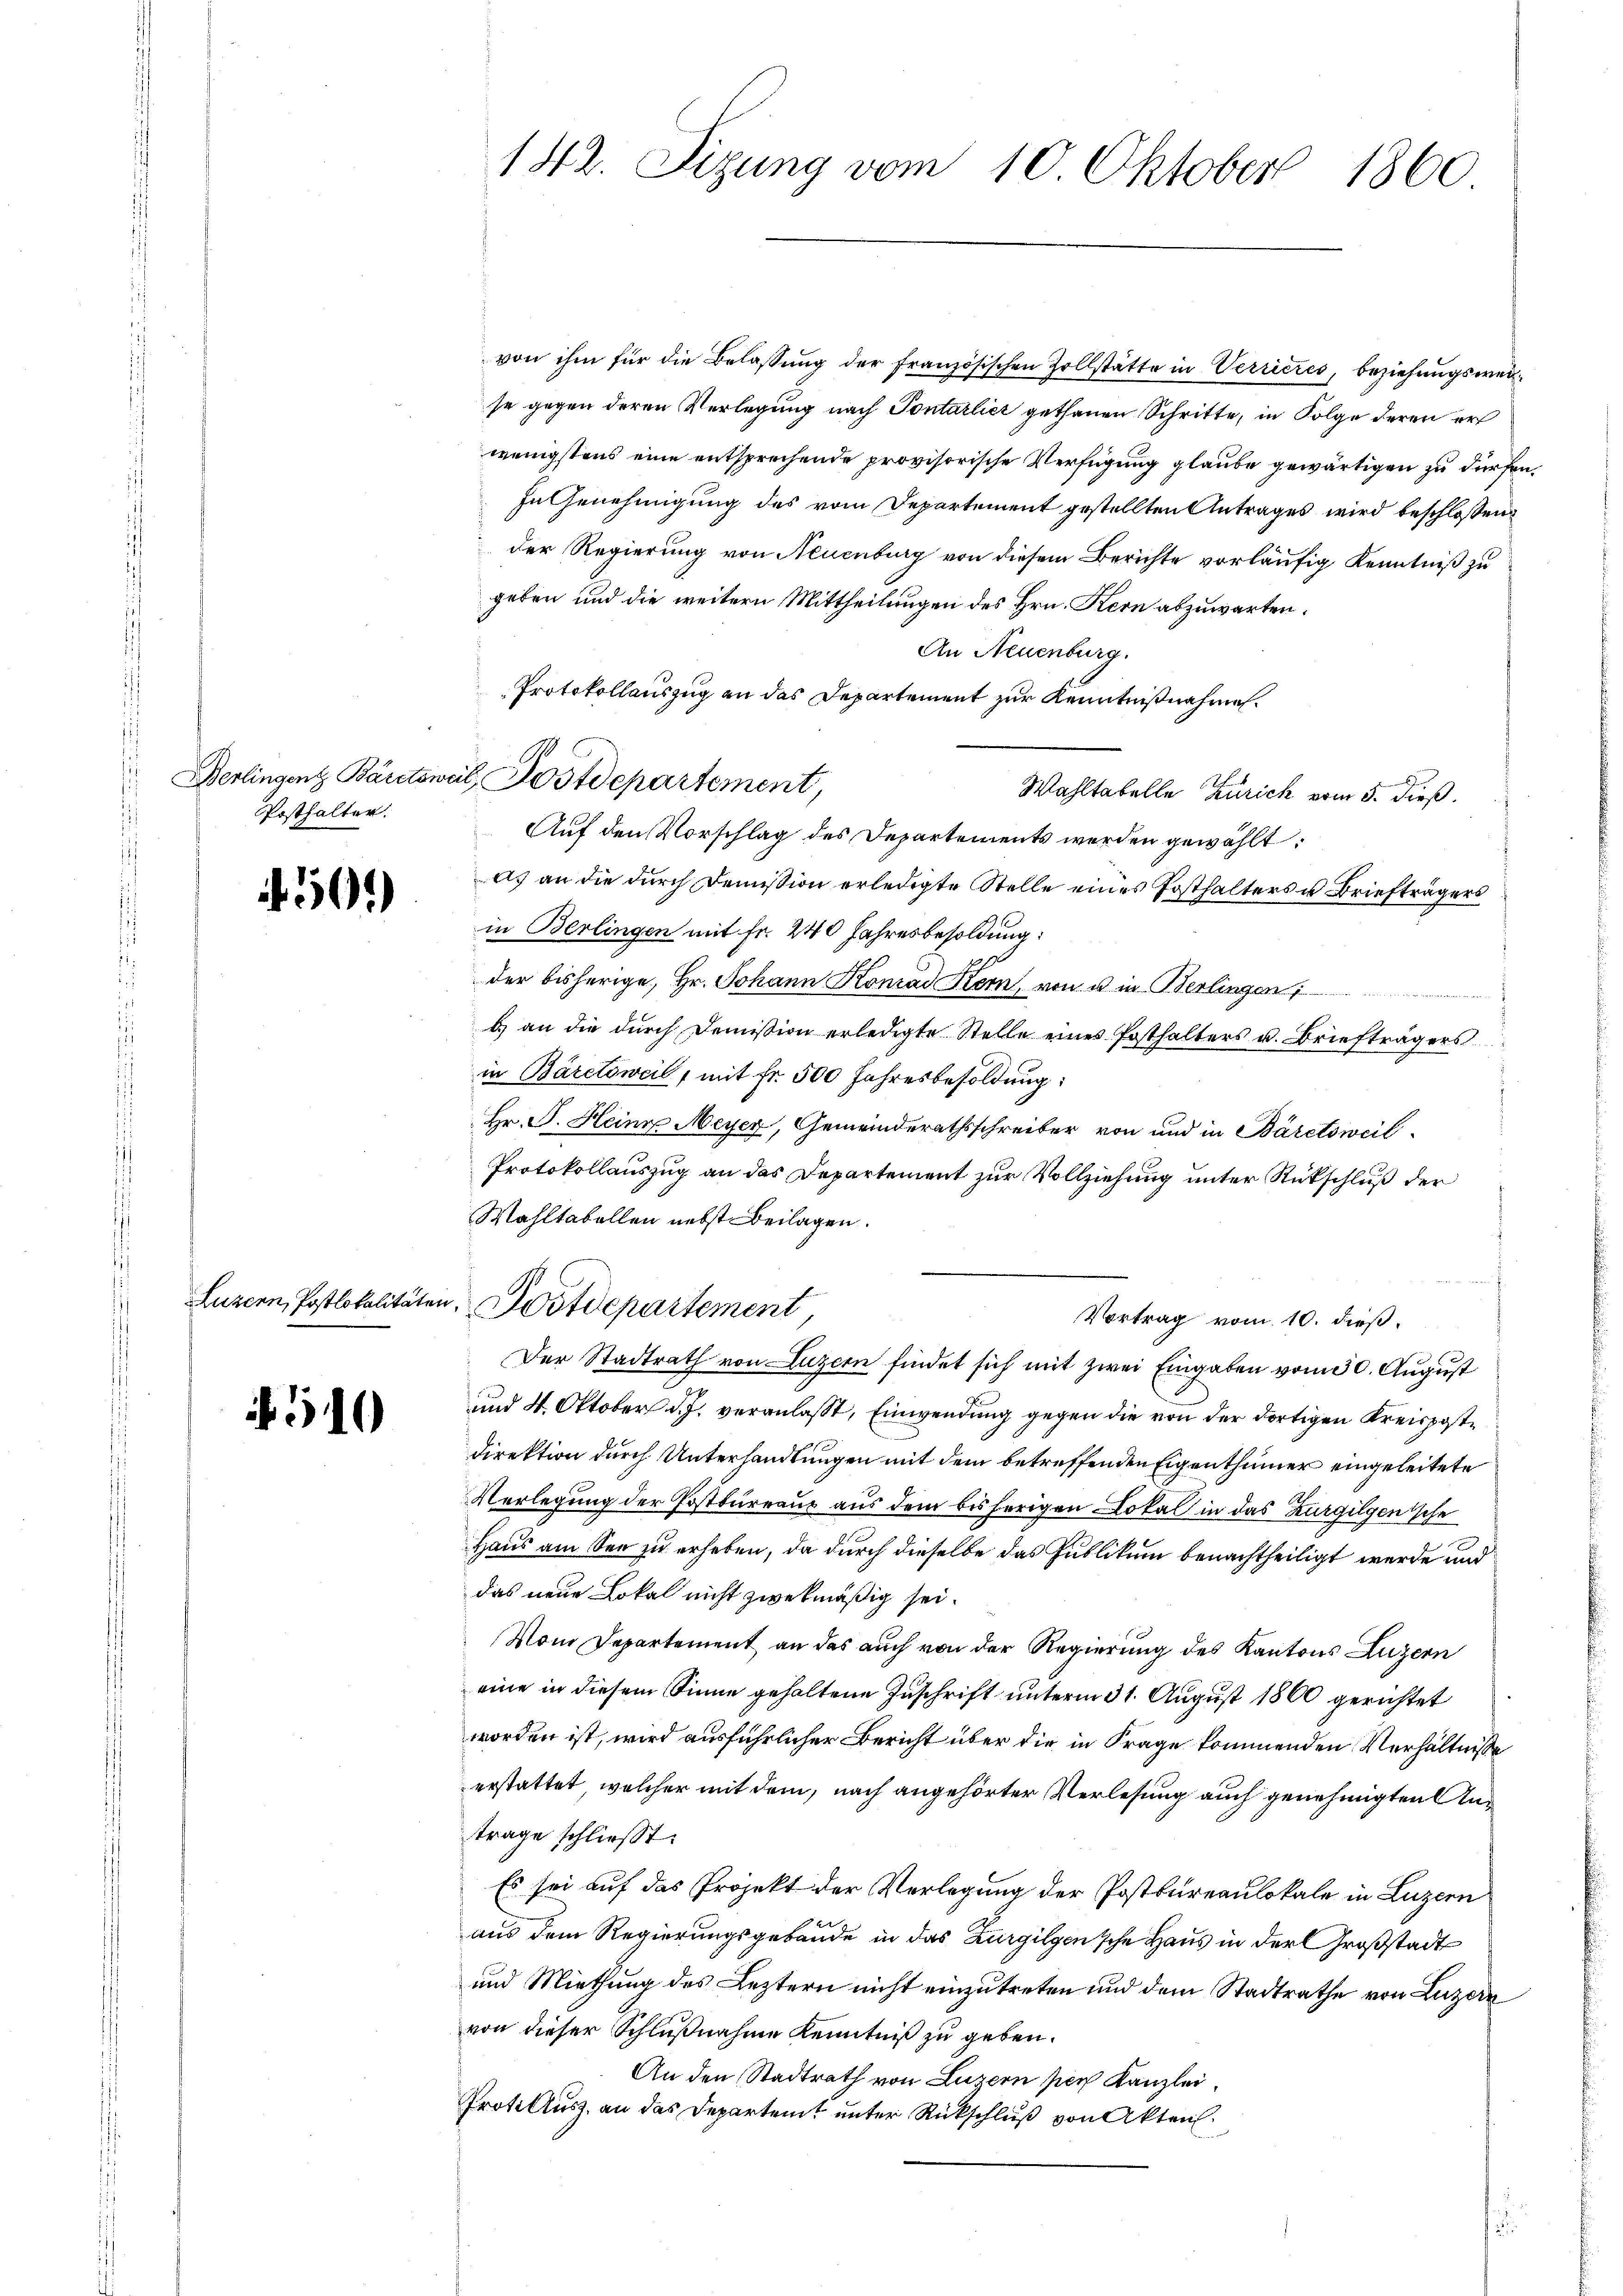
Posthalter.

501

510

142. Sizung vom 10. Oktober 1860

von ihm für die Belassung der französischen Zollstätte in Verrieres, beziehungsweise gegen deren Verlegung nach Pontarlicz gethanen Schritte, in Folge deren er
wenigstens eine entsprechende provisorische Verfügung glaube gewärtigen zu dürfen.
In Genehmigung des vom Departement gestellten Antrages wird beschlossen
der Regierung von Neuenburg von diesem Berichte vorläufig Kenntniß zu
geben und die weitern Mittheilungen des Hrn. Kern abzuwarten.
An Neuenburg.
Protokollauszug an das Departement zur Kenntnißnahme.
Wahltabelle Zürich vom 5. dieß.
Auf den Vorschlag des Departements werden gewählt:
as an die durch Demission erledigte Stelle eines Posthalters u. Briefträgers
in Berlingen mit fr. 240 Jahresbesoldung:
der bisherige, Hr. Johann Konrad Kern, von u in Berlingen
b) an die dŭrch Demission erledigte Stelle eines Posthalters u. Briefträgers
in Bäretsweil, mit Fr. 500 Jahresbesoldung:
Hr. F. Heiner Meyer, Gemeinderathsschreiber von und in Bäretsweil
Protokollauszug an das Departement zur Vollziehung unter Rückschluß der
Wahltabellen nebst Beilagen.
Luzern, Postlokalitäten Postdepartement,
Vortrag vom 10. dieß.
Der Stadtrath von Luzern findet sich mit zwei Eingaben vom 30. August
und 4. Oktober d. J. veranlaßt, Einwendung gegen die von der dortigen Kreisposte
Direktion durch Unterhandlungen mit dem betreffenden Eigenthümer eingeleitete
Verlegung der Postbureaus aus dem bisherigen Lokal in das Kurgilgensche
Haus am See zu erheben, da durch dieselbe das Publikum benachtheiligt werde und
das neue Lokal nicht zwekmäßig sei.
Vom Departement an das auch von der Regierung des Kantons Luzern
eine in diesem Sinne gehaltene Zuschrift unterm 31. August 1860 gerichtet
worden ist, wird ausführlicher Bericht über die in Frage kommenden Verhältniße
erstattet, welcher mit dem, nach angehörter Verlesung auch genehmigten Antrage schließt:
Es sei auf das Projekt der Verlegung der Postbureaulokale in Luzern
aus dem Regierungsgebäude in das Zurgilgensche Haus in der Großstadt
und Miethung des Leztern nicht einzutreten und dem Stadtrathe von Luzern
von dieser Schlußnahme Kenntniß zu geben.
An den Stadtrath von Luzern per Kanzlei.
Protectus, an das Departeit unter Rückschluß von Akten.

Derlingent Bäretsweil, Postdepartement,